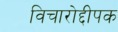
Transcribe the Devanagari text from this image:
विचारोद्दीपक